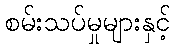
စမ်းသပ်မှုများနှင့်